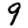
Digit: 9